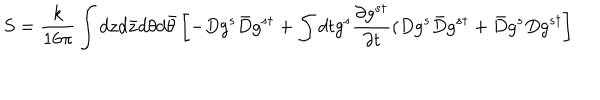
S = \frac { k } { 1 6 \pi } \int d z d \bar { z } d \theta d \bar { \theta } \left[ - D g ^ { s } \bar { D } g ^ { s \dagger } + \int d t g ^ { s } \frac { \partial g ^ { s \dagger } } { \partial t } ( D g ^ { s } \bar { D } g ^ { s \dagger } + \bar { D } g ^ { s } D g ^ { s \dagger } \right]